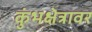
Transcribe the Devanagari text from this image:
कुंभक्षेत्रावर